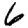
Digit: 6